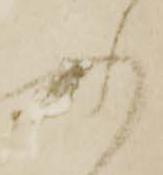
ふ